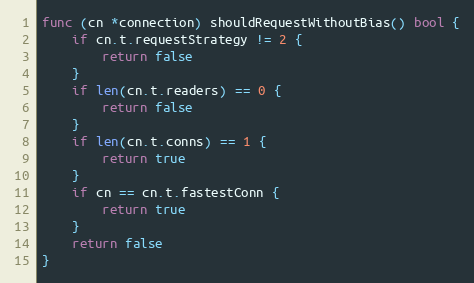
Language: Go
func (cn *connection) shouldRequestWithoutBias() bool {
	if cn.t.requestStrategy != 2 {
		return false
	}
	if len(cn.t.readers) == 0 {
		return false
	}
	if len(cn.t.conns) == 1 {
		return true
	}
	if cn == cn.t.fastestConn {
		return true
	}
	return false
}